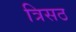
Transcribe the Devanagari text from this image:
त्रिसठ